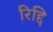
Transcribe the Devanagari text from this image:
रिद्दि